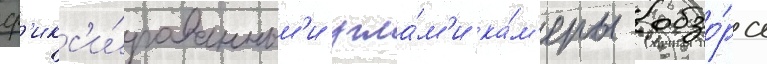
ф'икс'и́рованным'и угла́м'и ка́м'еры обзо́ра